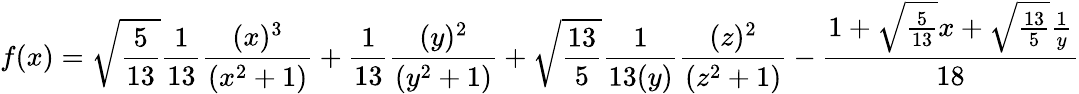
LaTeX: f(x)=\sqrt{\frac{5}{13}}\frac{1}{13}\frac{(x)^{3}}{(x^{2}+1)}+\frac{1}{13}\frac{(y)^{2}}{(y^{2}+1)}+\sqrt{\frac{13}{5}}\frac{1}{13(y)}\frac{(z)^{2}}{(z^{2}+1)}-\frac{1+\sqrt{\frac{5}{13}}x+\sqrt{\frac{13}{5}}\frac{1}{y}}{18}